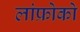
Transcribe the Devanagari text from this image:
लांफ्रोको